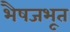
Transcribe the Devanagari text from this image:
भैषजभूत